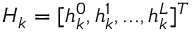
H _ { k } = [ h _ { k } ^ { 0 } , h _ { k } ^ { 1 } , . . . , h _ { k } ^ { L } ] ^ { T }